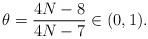
LaTeX: \begin{align*} \theta = \frac{4N-8}{4N-7} \in (0,1).\end{align*}